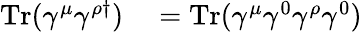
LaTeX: \begin{array}{rl}{\mathrm{Tr}(\gamma^{\mu}\gamma^{\rho\dagger})}&{{}=\mathrm{Tr}(\gamma^{\mu}\gamma^{0}\gamma^{\rho}\gamma^{0})}\end{array}